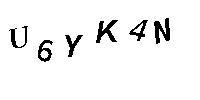
U6YK4N